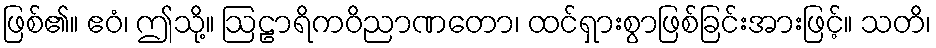
ဖြစ်၏။ ဧဝံ၊ ဤသို့။ ဩဠာရိကဝိညာဏတော၊ ထင်ရှားစွာဖြစ်ခြင်းအားဖြင့်။ သတိ၊